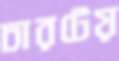
চারটেয়